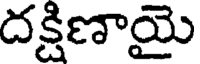
దక్షిణాయై